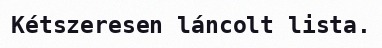
Kétszeresen láncolt lista.